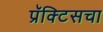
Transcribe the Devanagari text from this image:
प्रॅक्‍टिसचा